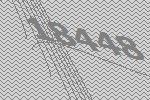
18448